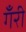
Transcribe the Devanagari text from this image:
गँरी